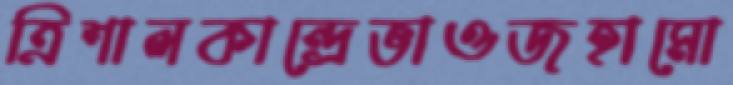
ত্রিশালকান্দ্রেভাওজহামো